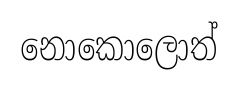
නොකොලොත්